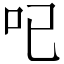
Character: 𠯇